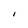
Character: I